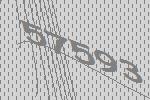
57593